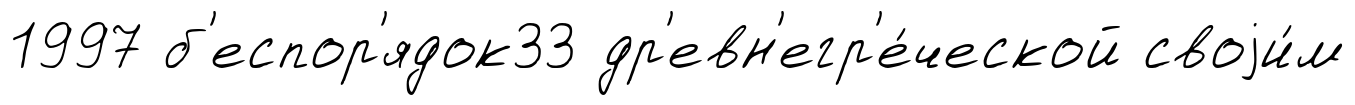
1997 б'еспор'ядок33 др'евн'егр'е́ческой своjи́м